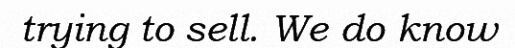
trying to sell. We do know